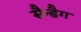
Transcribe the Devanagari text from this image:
सैन्डैग